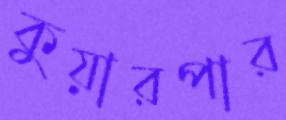
কুয়ারপার